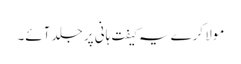
مولا کرے یہ کیفت ہانی پر جلد آئے۔